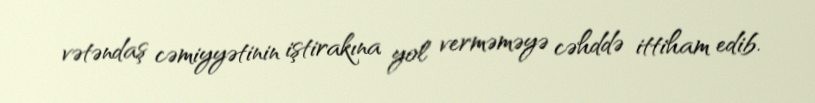
vətəndaş cəmiyyətinin iştirakına yol verməməyə cəhddə ittiham edib.